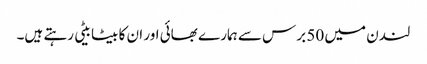
لندن میں 50 برس سے ہمارے بھائی اور ان کا بیٹا بیٹی رہتے ہیں۔